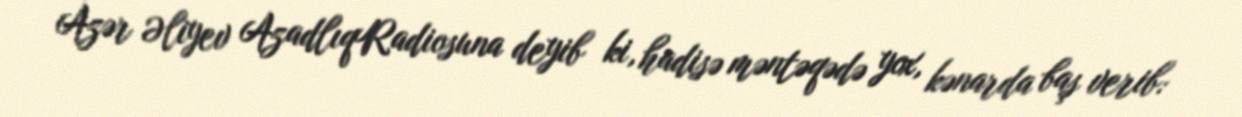
Azər Əliyev AzadlıqRadiosuna deyib ki, hadisə məntəqədə yox, kənarda baş verib: